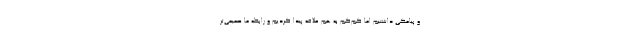
و پیامکی داشتیم اما کم‌کم به هم علاقه پیدا کردیم و رابطه ما صمیمی‌تر